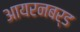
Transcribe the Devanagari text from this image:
आयरनबर्ड